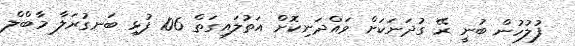
ފުލުހުން ބުނީ ރޭ ގުދަނަކަށް ވައްދަނިކޮށް އަތުލައިގަތް 106 ފުޅި ބަނގުރަލާ މާބްލް